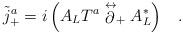
LaTeX: \begin{align*}\tilde{j}^a_+ = i \left( A_L T^a\stackrel{\leftrightarrow}{\partial}_+ A^*_L \right) \;\;\; .\end{align*}